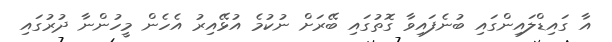
އާ ގައިޑްލައިންގައި ބުނެފައިވާ ގޮތުގައި ބޭރަށް ނުކުމެ އުޅޭއިރު އެހެން މީހުންނާ ދުރުގައި